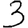
Digit: 3